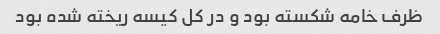
ظرف خامه شکسته بود و در کل کیسه ریخته شده بود